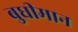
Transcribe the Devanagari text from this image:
बुधीमान